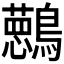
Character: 𱉀